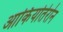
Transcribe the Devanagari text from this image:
आर्कियोतेरोन